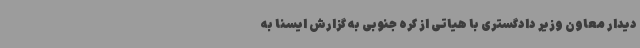
دیدار معاون وزیر دادگستری با هیاتی از کره جنوبی به گزارش ایسنا به